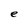
Character: e